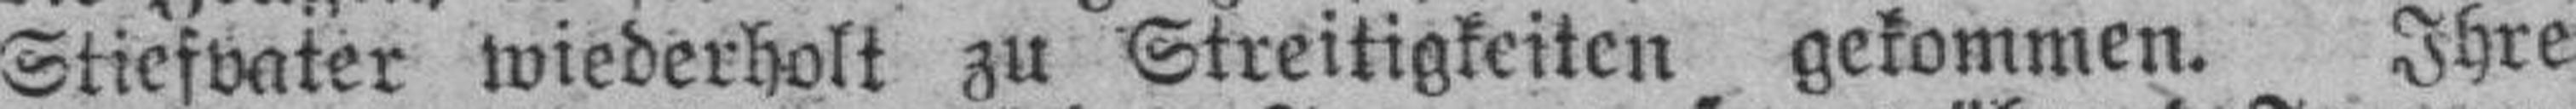
Stiefvater wiederholt zu Streitigkeiten gekommen. Ihre